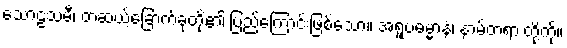
သောဠသမီ၊ တဆယ့်ခြောက်ခုတို့၏ ပြည့်ကြောင်းဖြစ်သော။ အရူပဓမ္မာနံ၊ နာမ်တရားတို့ကို။